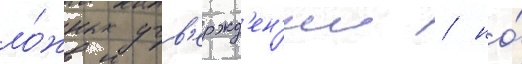
ло́жных утв'ержд'ен'ии / но́